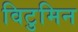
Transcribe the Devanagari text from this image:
विटुमिन